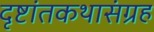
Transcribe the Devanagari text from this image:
दृष्टांतकथासंग्रह